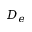
D _ { e }